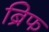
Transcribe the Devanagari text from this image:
ब्रिफ